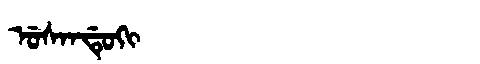
Manchu: ᡠᠰᠠᠨᡩᡠᡴᡳ
Romanization: USANDUKI